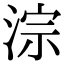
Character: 淙